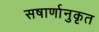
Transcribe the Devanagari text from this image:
सषार्णानुकृत